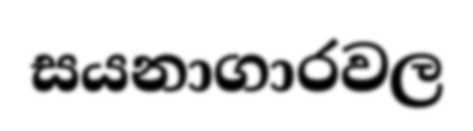
සයනාගාරවල